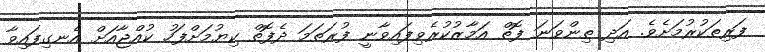
ފަރިތަކުރުމަށެވެ. އަދި ތިންވަނަ ފޮތް އަމާޒުކުރެވިފައިވާނީ ފުރަތަމަ ދެފޮތް ކިޔުމަށްފަހު ކުއްޖާއަށް އެނގިފައިވާ